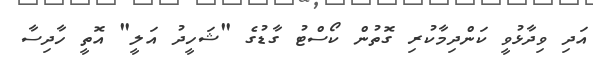
އަދި ވިދާޅުވީ ކަންދިމާކުރި ގޮތުން ކޯސްޓު ގާޑުގެ "ޝަހީދު އަލީ" އޮތީ ހާދިސާ